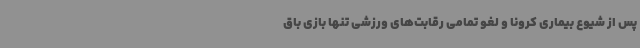
پس از شیوع بیماری کرونا و لغو تمامی رقابت‌های ورزشی تنها بازی باق